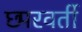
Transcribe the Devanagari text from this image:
छ्परवर्ती